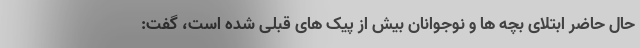
حال حاضر ابتلای بچه ها و نوجوانان بیش از پیک های قبلی شده است، گفت: